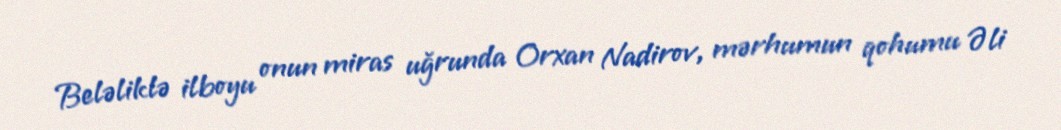
Beləliklə ilboyu onun miras uğrunda Orxan Nadirov, mərhumun qohumu Əli